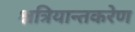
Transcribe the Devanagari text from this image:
क्षत्रियान्तकरेण